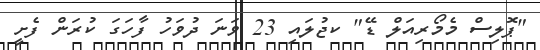
"ޕޮލިސް މެމޯރިއަލް ޑޭ" ކޖުލައި 23 ވަނަ ދުވަހު ފާހަގަ ކުރަން ފެށީ